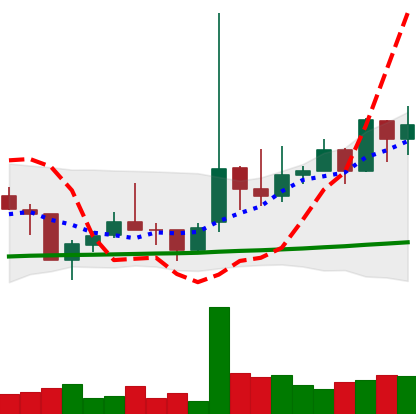
Ticker: TRX-USD
Chart end date: 2021-02-07
Forward return: 53.792%
Label: up_7plus